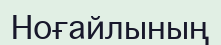
Ноғайлының